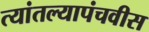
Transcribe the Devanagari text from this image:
त्यांतल्यापंचवीस